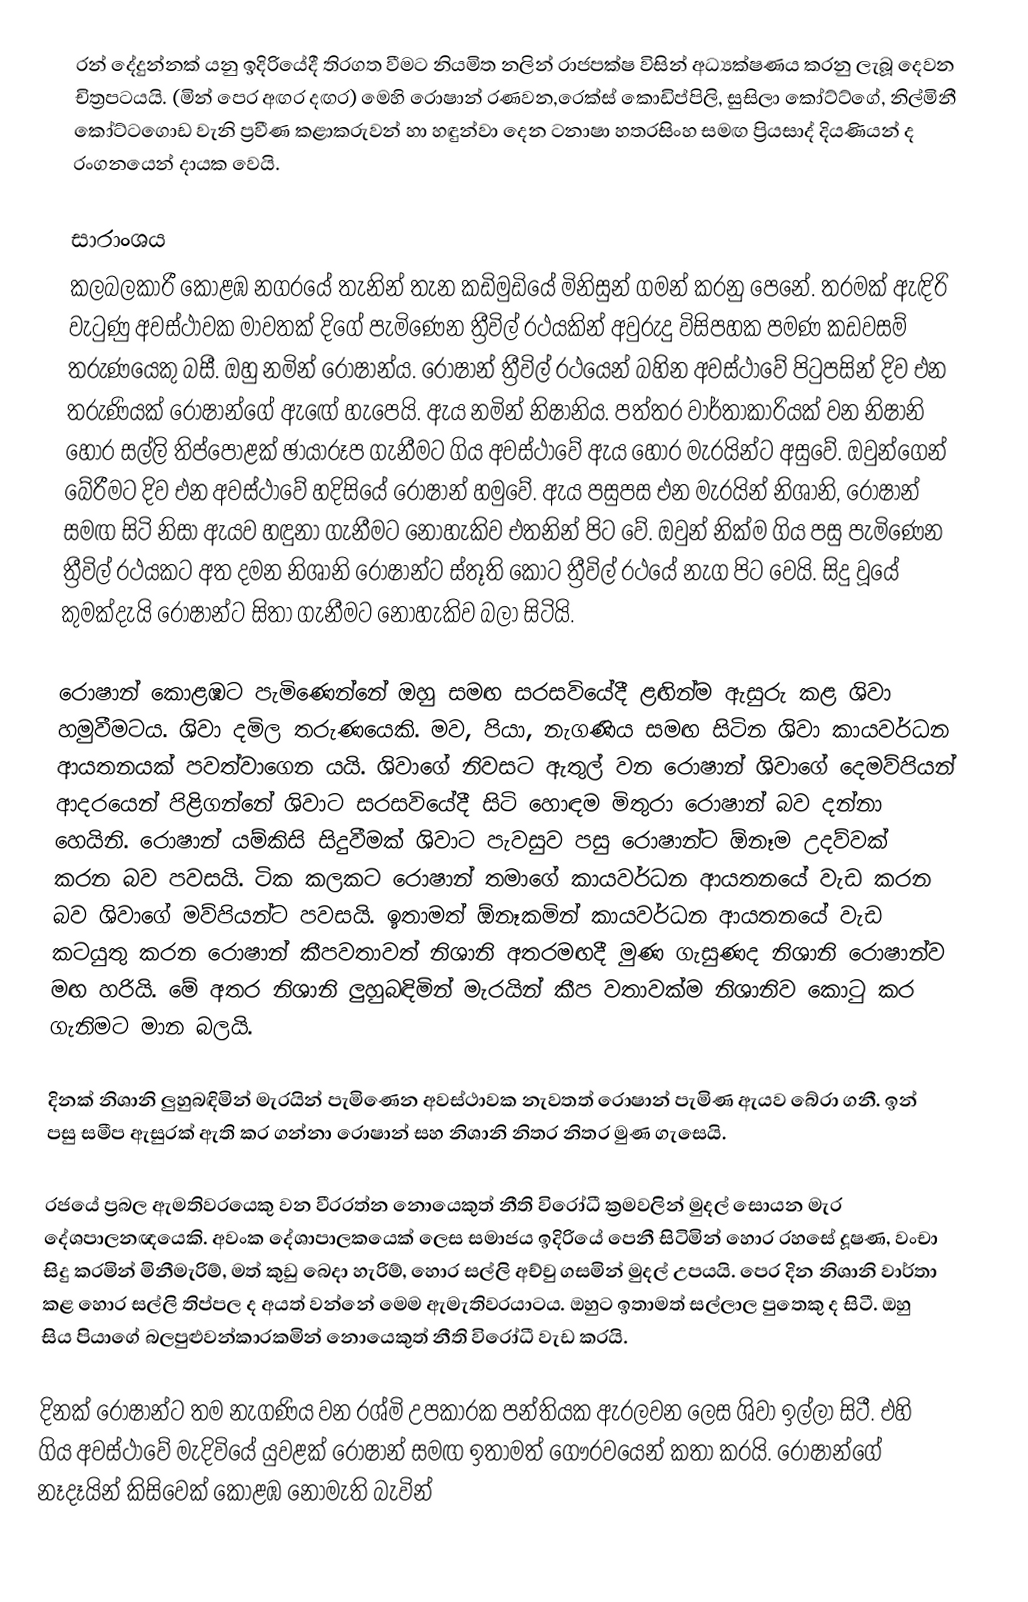
රන් දේදුන්නක් යනු ඉදිරියේදී තිරගත වීමට නියමිත නලින් රාජපක්ෂ විසින් අධ්‍යක්ෂණය කරනු ලැබූ දෙවන චිත්‍රපටයයි. (මින් පෙර අඟර දඟර) මෙහි රොෂාන් රණවන,රෙක්ස් කොඩිප්පිලි, සුසිලා කෝට්ට්ගේ, නිල්මිනී කෝට්ටගොඩ වැනි ප්‍රවීණ කළාකරුවන් හා හඳුන්වා දෙන ටනාෂා හතරසිංහ සමඟ ප්‍රියසාද් දියණියන් ද රංගනයෙන් දායක වෙයි.

සාරාංශය
කලබලකාරී කොළඹ නගරයේ තැනින් තැන කඩිමුඩියේ මිනිසුන් ගමන් කරනු පෙනේ. තරමක් ඇඳිරි වැටුණු අවස්ථාවක මාවතක් දිගේ පැමිණෙන ත්‍රීවිල් රථයකින් අවුරුදු විසිපහක පමණ කඩවසම් තරුණයෙකු බසී. ඔහු නමින් රොෂාන්ය. රොෂාන් ත්‍රීවිල් රථයෙන් බහින අවස්ථාවේ පිටුපසින් දිව එන තරුණියක් රොෂාන්ගේ ඇඟේ හැපෙයි. ඇය නමින් නිෂානිය. පත්තර වාර්තාකාරියක් වන නිෂානි හොර සල්ලි තිප්පොළක් ඡායාරූප ගැනීමට ගිය අවස්ථාවේ ඇය හොර මැරයින්ට අසුවේ. ඔවුන්ගෙන් බේරීමට දිව එන අවස්ථාවේ හදිසියේ රොෂාන් හමුවේ. ඇය පසුපස එන මැරයින් නිශානි, රොෂාන් සමඟ සිටි නිසා ඇයව හඳුනා ගැනීමට නොහැකිව එතනින් පිට වේ. ඔවුන් නික්ම ගිය පසු පැමිණෙන ත්‍රීවිල් රථයකට අත දමන නිශානි රොෂාන්ට ස්තූති කොට ත්‍රීවිල් රථයේ නැග පිට වෙයි. සිදු වූයේ කුමක්දැයි රොෂාන්ට සිතා ගැනීමට නොහැකිව බලා සිටියි.

රොෂාන් කොළඹට පැමිණෙන්නේ ඔහු සමඟ සරසවියේදී ළඟින්ම ඇසුරු කළ ශිවා හමුවීමටය. ශිවා දමිල තරුණයෙකි. මව, පියා, නැගණිය සමඟ සිටින ශිවා කායවර්ධන ආයතනයක් පවත්වාගෙන යයි. ශිවාගේ නිවසට ඇතුල් වන රොෂාන් ශිවාගේ දෙමව්පියන් ආදරයෙන් පිළිගන්නේ ශිවාට සරසවියේදී සිටි හොඳම මිතුරා රොෂාන් බව දන්නා හෙයිනි. රොෂාන් යම්කිසි සිදුවීමක් ශිවාට පැවසුව පසු රොෂාන්ට ඕනෑම උදව්වක් කරන බව පවසයි. ටික කලකට රොෂාන් තමාගේ කායවර්ධන ආයතනයේ වැඩ කරන බව ශිවාගේ මව්පියන්ට පවසයි. ඉතාමත් ඕනෑකමින් කායවර්ධන ආයතනයේ වැඩ කටයුතු කරන රොෂාන් කීපවතාවත් නිශානි අතරමඟදී මුණ ගැසුණද නිශානි රොෂාන්ව මඟ හරියි. මේ අතර නිශානි ලුහුබඳිමින් මැරයින් කීප වතාවක්ම නිශානිව කොටු කර ගැනිමට මාන බලයි.

දිනක් නිශානි ලුහුබඳිමින් මැරයින් පැමිණෙන අවස්ථාවක නැවතත් රොෂාන් පැමිණ ඇයව බේරා ගනී. ඉන් පසු සමීප ඇසුරක් ඇති කර ගන්නා රොෂාන් සහ නිශානි නිතර නිතර මුණ ගැසෙයි.

රජයේ ප්‍රබල ඇමතිවරයෙකු වන වීරරත්න නොයෙකුත් නීති විරෝධී ක්‍රමවලින් මුදල් සොයන මැර දේශපාලනඥයෙකි. අවංක දේශාපාලකයෙක් ලෙස සමාජය ඉදිරියේ පෙනී සිටිමින් හොර රහසේ දූෂණ, වංචා සිදු කරමින් මිනීමැරිම්, මත් කුඩු බෙදා හැරිම්, හොර සල්ලි අච්චු ගසමින් මුදල් උපයයි. පෙර දින නිශානි වාර්තා කළ හොර සල්ලි තිප්පල ද අයත් වන්නේ මෙම ඇමැතිවරයාටය. ඔහුට ඉතාමත් සල්ලාල පුතෙකු ද සිටී. ඔහු සිය පියාගේ බලපුළුවන්කාරකමින් නොයෙකුත් නීති විරෝධී වැඩ කරයි.

දිනක් රොෂාන්ට තම නැගණිය වන රශ්මි උපකාරක පන්තියක ඇරලවන ලෙස ශිවා ඉල්ලා සිටී. එහි ගිය අවස්ථාවේ මැදිවියේ යුවළක් රොෂාන් සමඟ ඉතාමත් ගෞරවයෙන් කතා කරයි. රොෂාන්ගේ නෑදෑයින් කිසිවෙක් කොළඹ නොමැති බැවින්